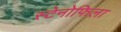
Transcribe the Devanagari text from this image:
स्टेनोफिला